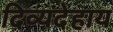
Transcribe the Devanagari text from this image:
दिव्यदेहाय